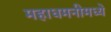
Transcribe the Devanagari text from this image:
महाधमनीमध्ये